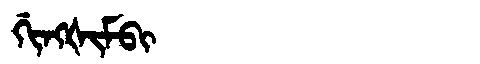
Manchu: ᡤᡳᠩᡧᡳᠮᠪᡳ
Romanization: GINGŠIMBI